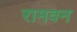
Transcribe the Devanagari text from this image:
रामवन